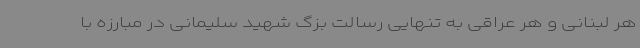
هر لبنانی و هر عراقی به تنهایی رسالت بزگ شهید سلیمانی در مبارزه با